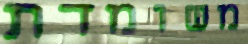
משומדת